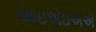
આઇએઇએએ